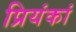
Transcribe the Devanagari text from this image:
प्रियंकां